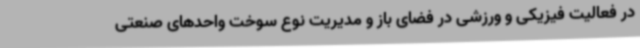
در فعالیت فیزیکی و ورزشی در فضای باز و مدیریت نوع سوخت واحدهای صنعتی